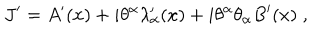
LaTeX: J ^ { \prime } = A ^ { \prime } ( x ) + i \theta ^ { \alpha } \lambda _ { \alpha } ^ { \prime } ( x ) + i \theta ^ { \alpha } \theta _ { \alpha } B ^ { \prime } ( x ) \; ,